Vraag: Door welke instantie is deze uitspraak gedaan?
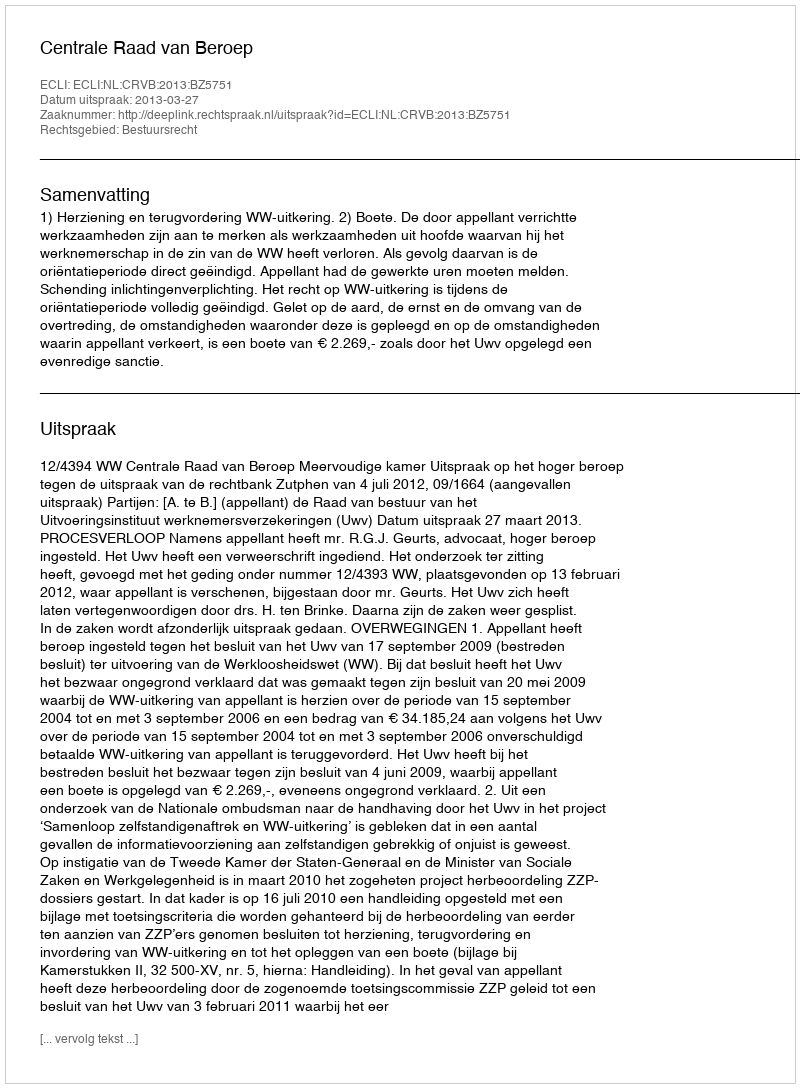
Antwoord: Centrale Raad van Beroep